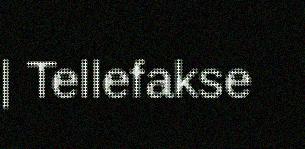
| Tellefakse